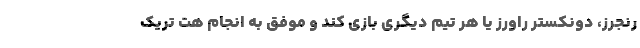
رنجرز، دونکستر راورز یا هر تیم دیگری بازی کند و موفق به انجام هت تریک